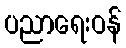
ပညာရေးဝန်